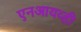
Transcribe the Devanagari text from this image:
एनआयव्ही